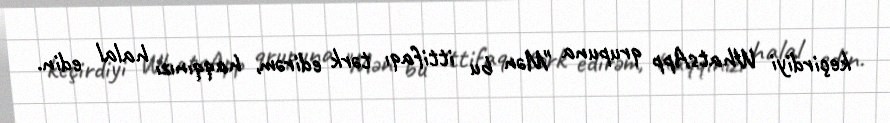
keçirdiyi WhatsApp qrupuna "Mən bu ittifaqı tərk edirəm, haqqınızı halal edin.